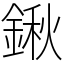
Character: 鍬